Civil Veterinary Department. United Provinces 1932-42 - 1932-1942
Year: 1932
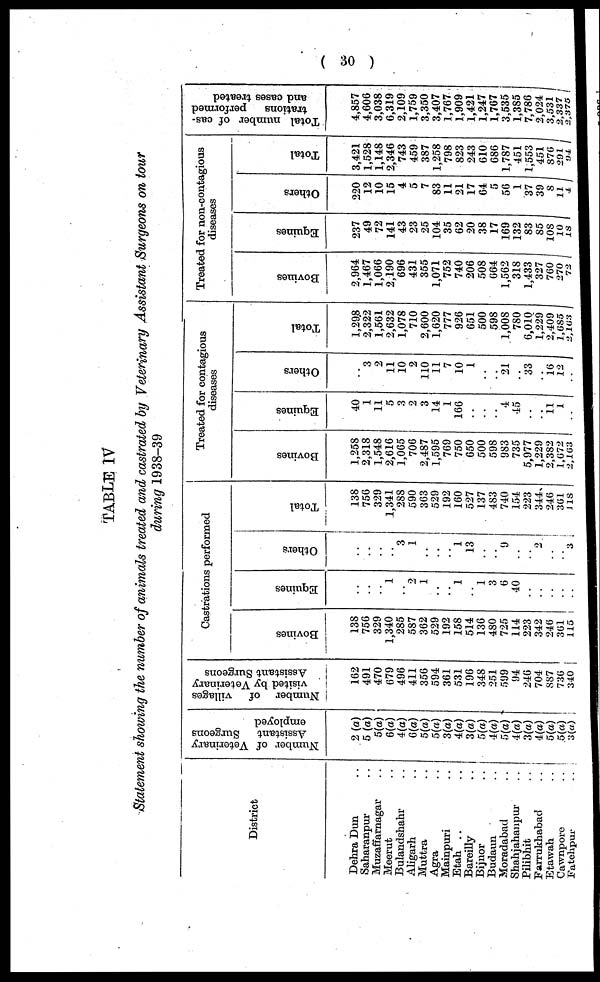
(30)
TABLE IV
Statement showing the number of animals treated and castrated by Veterinary Assistant Surgeons on tour
during 1938-39
District
Dehra Dun ..
Saharanpur ..
Muzaffarnagar ..
Meerut ..
Bulandshahr ..
Aligarh ..
Muttra ..
Agra ..
Mainpuri ..
Etah .. ..
Bareilly ..
Bijnor ..
Budaun ..
Moradabad ..
Shahjahanpur ..
Pilibhit ..
Farrukhabad ..
Etawah ..
Cawnpore ..
Fatehpur ..
Number of Veterinary
Assistant
Surgeons
employed
2 (a)
5 (a)
5(a)
6(a)
4(a)
6(a)
5(a)
5(a)
3(a)
4(a)
3(a)
5(a)
4(a)
5(a)
4(a)
3(a)
4(a)
5(a)
5(a)
3(a)
Number of
villages
visited by Veterinary
Assistant Surgeons
162
491
470
679
496
411
356
594
361
531
196
348
251
599
94
246
704
887
736
340
Castrations performed
Bovines
138
756
329
1,340
285
587
362
529
192
158
514
136
480
725
114
223
342
246
361
115
Equines
..
..
..
1
..
2
1
..
..
1
..
1
3
6
40
..
..
..
..
..
Others
..
..
..
..
3
1
..
..
..
1
13
..
..
9
..
..
2
..
..
3
Total
138
756
329
1,341
288
590
363
529
192
160
527
137
483
740
154
223
344
246
361
118
Treated for contagious
diseases
Bovines
1,258
2,318
1,548
2,616
1,065
706
2,487
1,595
769
750
650
500
598
983
735
5,977
1,229
2,382
1,672
2,163
Equines
40
1
11
5
3
2
3
14
1
166
..
..
..
4
45
..
..
11
1
..
Others
..
3
2
11
10
2
110
11
7
10
1
..
..
21
..
33
..
16
12
..
Total
1,298
2,322
1,561
2,632
1,078
710
2,600
1,620
777
926
651
500
598
1,008
780
6,010
1,229
2,409
1,685
2,163
Treated for non-contagious
diseases
Bovines
2,964
1,467
1,066
2,190
696
431
355
1,071
752
740
206
508
664
1,562
318
1,433
327
760
270
72
Equines
237
49
72
141
43
23
25
104
35
62
20
38
17
169
132
83
85
108
10
18
Others
220
12
10
15
4
5
7
83
11
21
17
64
5
56
1
37
39
8
11
4
Total
3,421
1,528
1,148
2,346
743
459
387
1,258
798
823
243
610
686
1,787
451
1,553
451
876
291
94
Total number of cas-
trations
performed
and cases treated
4,857
4,606
3,038
6,319
2,109
1,759
3,350
3,407
1,767
1,909
1,421
1,247
1,767
3,535
1,385
7,786
2,024
3,531
2,337
2,375